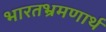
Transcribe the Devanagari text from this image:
भारतभ्रमणार्थ